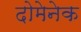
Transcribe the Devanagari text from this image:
दोमेनेक